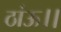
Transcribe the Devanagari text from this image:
ठांऊ।।